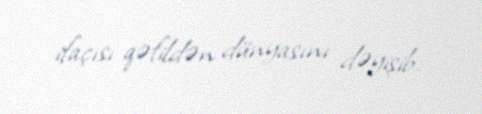
ifaçısı qəfildən dünyasını dəyişib.